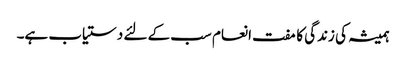
ہمیشہ کی زندگی کا مفت انعام سب کے لئے دستیاب ہے۔